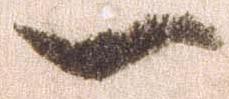
一